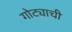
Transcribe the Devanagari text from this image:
गोट्याची